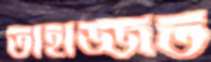
তাহাজ্জত